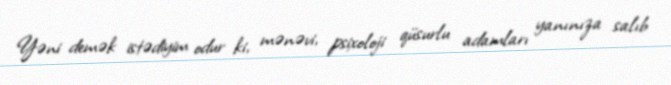
Yəni demək istədiyim odur ki, mənəvi, psixoloji qüsurlu adamları yanınıza salıb